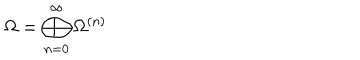
\Omega = \bigoplus _ { n = 0 } ^ { \infty } \Omega ^ { ( n ) }